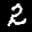
Label: 2